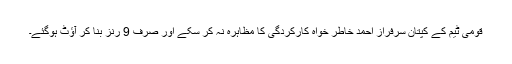
قومی ٹیم کے کپتان سرفراز احمد خاطر خواہ کارکردگی کا مظاہرہ نہ کر سکے اور صرف 9 رنز بنا کر آﺅٹ ہوگئے۔